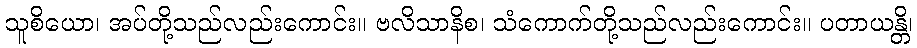
သူစိယော၊ အပ်တို့သည်လည်းကောင်း။ ဗလိသာနိစ၊ သံကောက်တို့သည်လည်းကောင်း။ ပတာယန္တိ၊